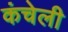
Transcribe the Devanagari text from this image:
कंचेली